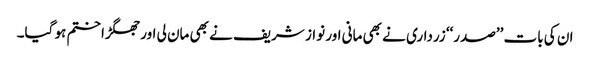
ان کی بات ’’صدر‘‘ زرداری نے بھی مانی اور نواز شریف نے بھی مان لی اور جھگڑا ختم ہو گیا۔